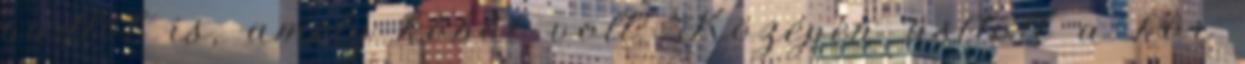
padlót is, amely kőből volt. Középen ásított a kör